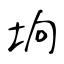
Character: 垧